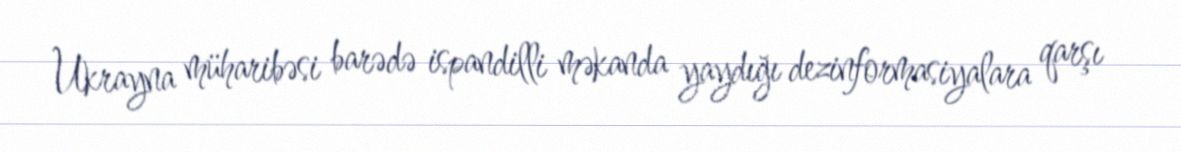
Ukrayna müharibəsi barədə ispandilli məkanda yaydığı dezinformasiyalara qarşı